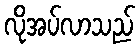
လိုအပ်လာသည်